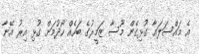
އެ މައްސަލައާ ގުޅިގެން މޫސާ ޒަމީރުގެ ބަހެއް ހޯދުމަށް ގުޅި އިރު އޭނާ